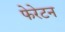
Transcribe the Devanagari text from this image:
फेरेटन